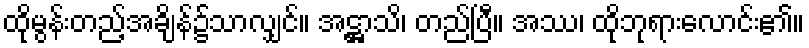
ထိုမွန်းတည့်အချိန်၌သာလျှင်။ အဋ္ဌာသိ၊ တည်ပြီ။ အဿ၊ ထိုဘုရားလောင်း၏။